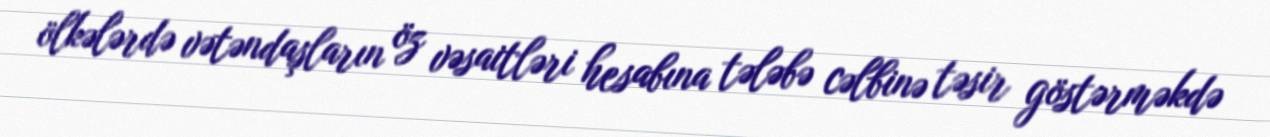
ölkələrdə vətəndaşların öz vəsaitləri hesabına tələbə cəlbinə təsir göstərməkdə